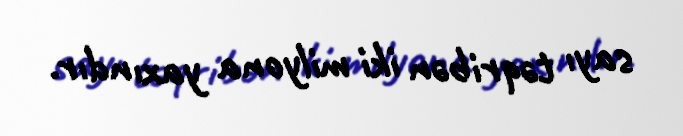
sayı təqribən iki milyona yaxındır.